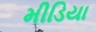
મીડિયા